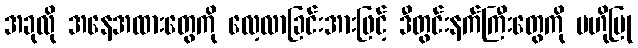
အခုလို အနေအထားတွေကို လေ့လာခြင်းအားဖြင့် ဒီတွင်းနက်ကြီးတွေကို ဗဟိုပြု